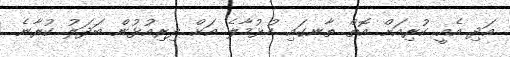
އަދި އެއީ ކުރިއަށް އޮތް ތާނގައި ހުޅުމާލެ އަށް ދިރިއުޅުން ބަދަލު ކުރާނެ